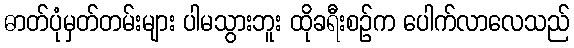
ဓာတ်ပုံမှတ်တမ်းများ ပါမသွားဘူး ထိုခရီးစဉ်က ပေါက်လာလေသည်